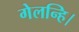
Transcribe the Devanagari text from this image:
गेलन्हि।